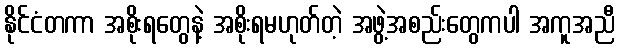
နိုင်ငံတကာ အစိုးရတွေနဲ့ အစိုးရမဟုတ်တဲ့ အဖွဲ့အစည်းတွေကပါ အကူအညီ